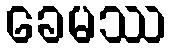
ခေမဿ